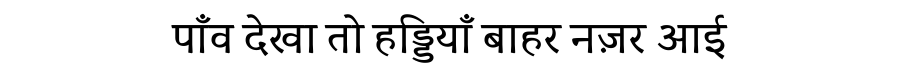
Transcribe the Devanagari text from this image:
पाँव देखा तो हड्डियाँ बाहर नज़र आई